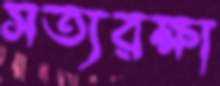
সত্যরক্ষা